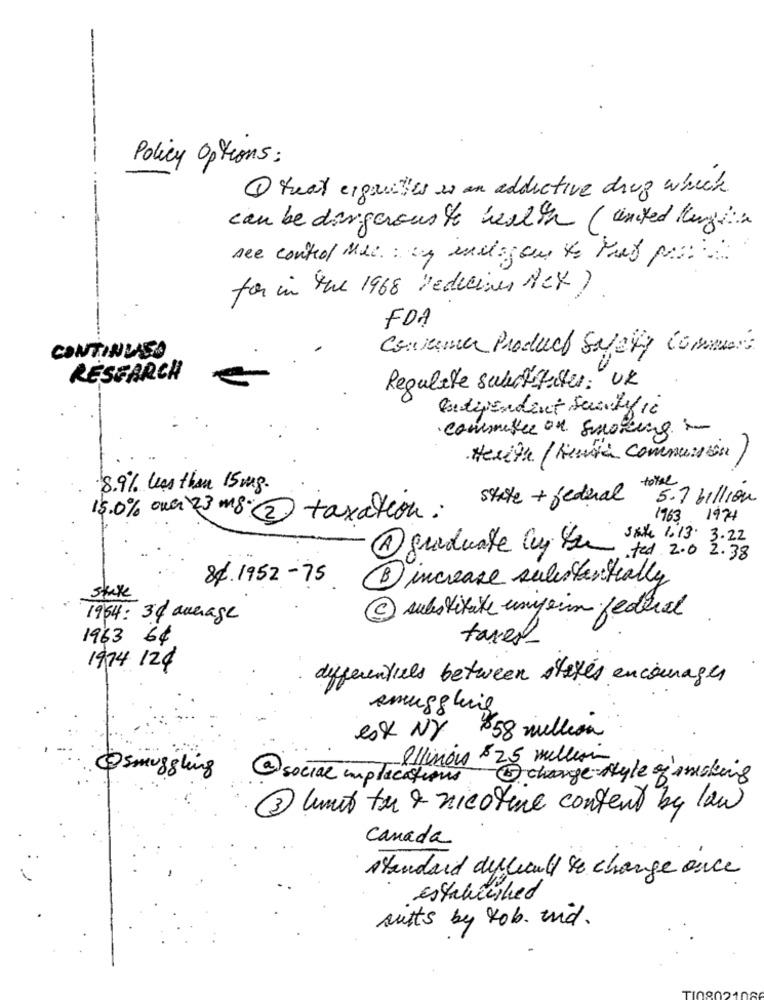
Policy Options:
1 that ergreitles is an addictive drug which
can be dirigerouste health ( united login
see control M&C .: my mailegen to Pues por:
for in the 1968 Dedecines Nek?
FDA
Consumer Product Safety commons
CONTINUED
RESEARCH
Regulate substitutes: "UK
Indipendent Scientific
committee on smoking to
Hesith /Keuta Communion )
total
8.9% less than 15mg.
state + federal
5.7 billion
15.0% our 23mg 2 taxation:
1963 1974
state 1:13 . 3. 22
1 graduate luy ken
.fed 2.0 2.38
84. 1952- 75
B increase substantially
state
1954 : 34 average
substitute umpen federal
1963 64
taxes
1974 124
differentials between states encourages
smuggling
est NY x58 million
Illinois $ 25 million
@smuggling
@social implications
-5 change style of smoking
3 (uit tu & nicotine content by law
Canada
standard dulucull se change once
Established
suits by tob. tid.